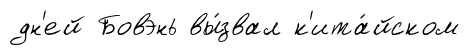
дн'ей Бовэнь вы́звал к'ита́йском